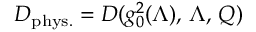
D _ { \mathrm { p h y s . } } = D ( g _ { 0 } ^ { 2 } ( \Lambda ) , \, \Lambda , \, Q )